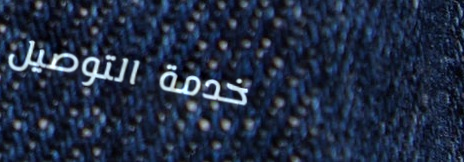
خدمة التوصيل